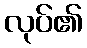
လုပ်၏